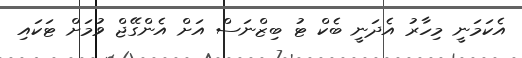
އެކަމަނީ މިހާރު އެދަނީ ބެކް ޓު ބިޒްނަސް އަށް އެންގޭޖް ވުމަށް ޓަކައި